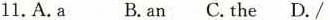
11.A.A B.an C. the D./